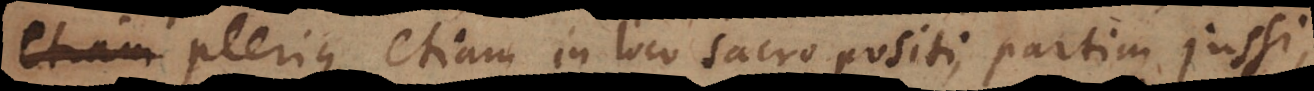
, plerique etiam in loco sacro positi partim jussi,